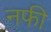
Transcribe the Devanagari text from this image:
नफी